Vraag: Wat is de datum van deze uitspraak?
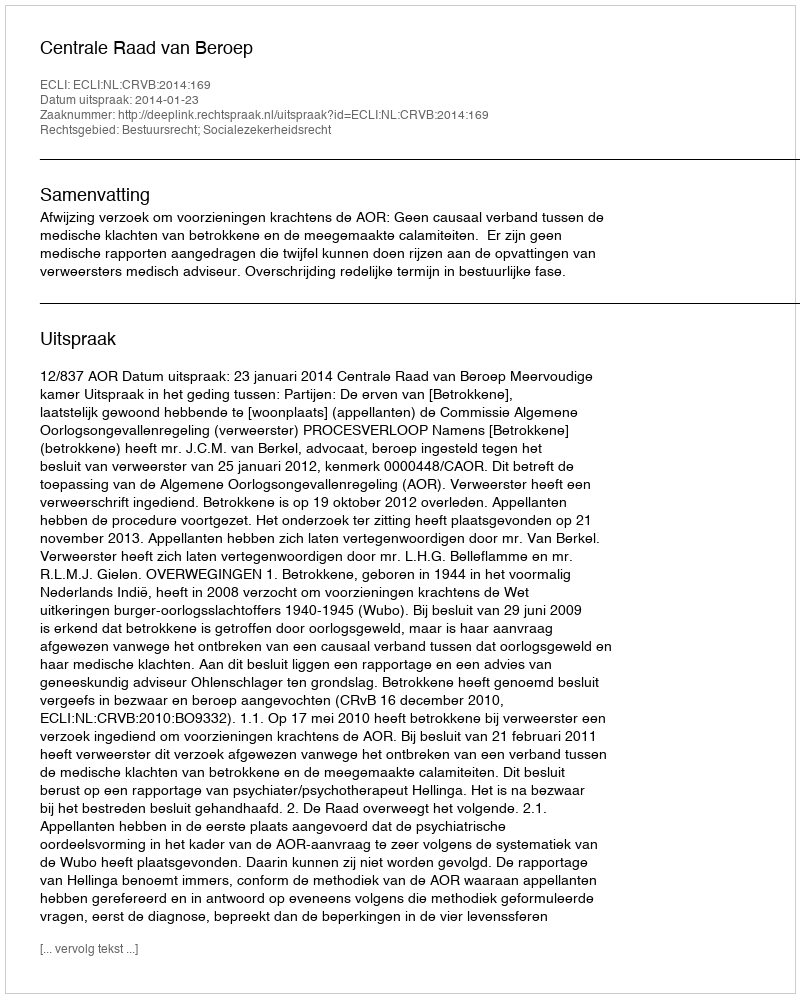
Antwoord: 2014-01-23